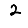
Digit: 2